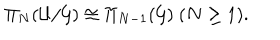
\Pi _ { N } ( { \cal U } / { \cal G } ) \cong \Pi _ { N - 1 } ( { \cal G } ) ~ ( N \geq 1 ) .